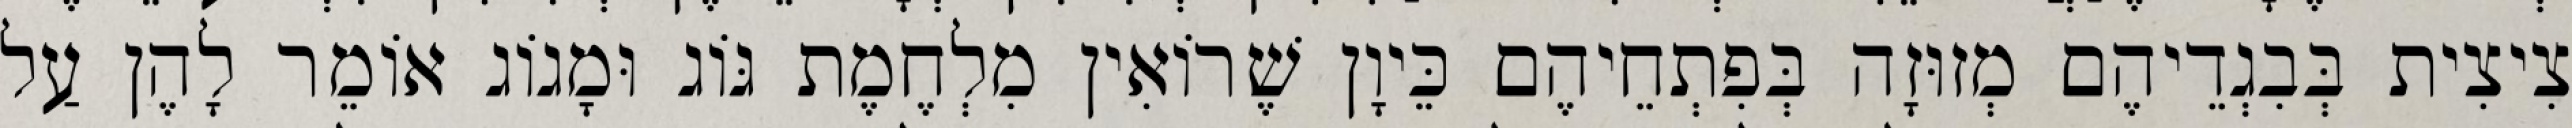
צִיצִית בְּבִגְדֵיהֶם מְזוּזָה בְּפִתְחֵיהֶם כֵּיוָן שֶׁרוֹאִין מִלְחֶמֶת גּוֹג וּמָגוֹג אוֹמֵר לָהֶן עַל